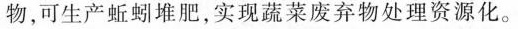
物，可生产蚯蚓堆肥，实现蔬菜废弃物处理资源化。